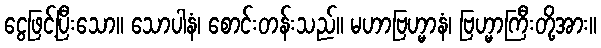
ငွေဖြင့်ပြီးသော။ သောပါနံ၊ စောင်းတန်းသည်။ မဟာဗြဟ္မာနံ၊ ဗြဟ္မာကြီးတို့အား။